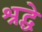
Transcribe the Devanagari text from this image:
श्रद्धे